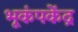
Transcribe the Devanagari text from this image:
भूकंपकेंद्र